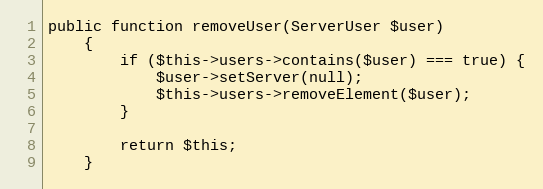
Language: PHP
public function removeUser(ServerUser $user)
    {
        if ($this->users->contains($user) === true) {
            $user->setServer(null);
            $this->users->removeElement($user);
        }

        return $this;
    }